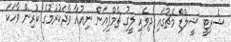
ޝެރިޓީ ޝީލްޑް މެޗުގައި ދިވެހި ލީގު ޗެމްޕިއަން ނިއުއާ ވާދަކުރުމުގެ ކުރިން ވާހަކަ